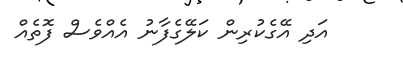
އަދި އޭގެކުރިން ކަލޭގެފާނު އެއްވެސް ފޮތެއް